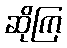
ဆိုကြ